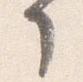
了